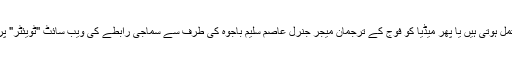
آئی ایس پی آر کی طرف سے جاری کی گئیں اکثر پریس ریلیز ایک یا دو سطروں پر مشتمل ہوتی ہیں یا پھر میڈیا کو فوج کے ترجمان میجر جنرل عاصم سلیم باجوہ کی طرف سے سماجی رابطے کی ویب سائٹ ''ٹویئٹر" پر کی گئی ٹویٹس سے اس فوجی کارروائٰی کے بارے میں معلومات حاصل ہوتی رہی ہیں۔